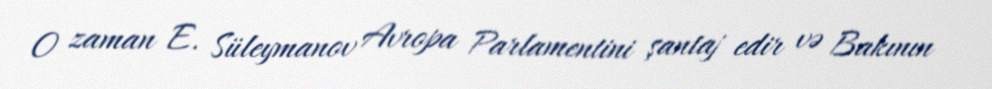
O zaman E. Süleymanov Avropa Parlamentini şantaj edir və Bakının